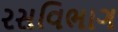
રસવિભાગ